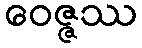
ဝေဇ္ဇဿ